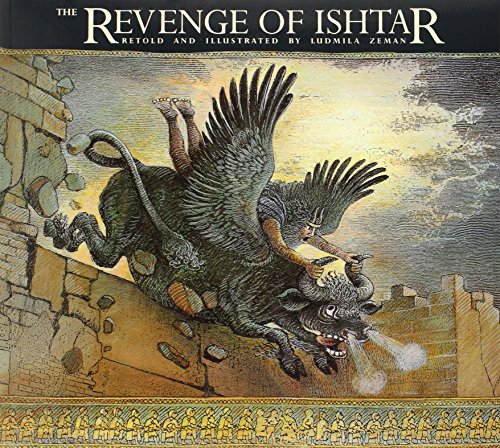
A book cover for The Revenge of Ishtar (The Gilgamesh Trilogy); Ludmila Zeman; Biographies & Memoirs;